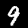
Digit: 9